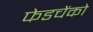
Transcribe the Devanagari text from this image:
फेडचेंको